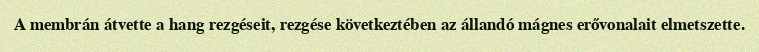
A membrán átvette a hang rezgéseit, rezgése következtében az állandó mágnes erővonalait elmetszette.